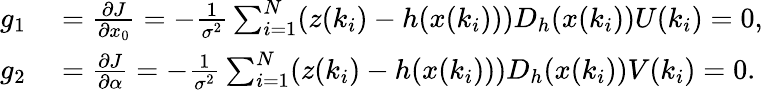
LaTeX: \begin{array}{rl}{g_{1}}&{{}=\frac{\partial J}{\partial x_{0}}=-\frac{1}{\sigma^{2}}\sum_{i=1}^{N}(z(k_{i})-h(x(k_{i})))D_{h}(x(k_{i}))U(k_{i})=0,}\\ {g_{2}}&{{}=\frac{\partial J}{\partial\alpha}=-\frac{1}{\sigma^{2}}\sum_{i=1}^{N}(z(k_{i})-h(x(k_{i})))D_{h}(x(k_{i}))V(k_{i})=0.}\end{array}